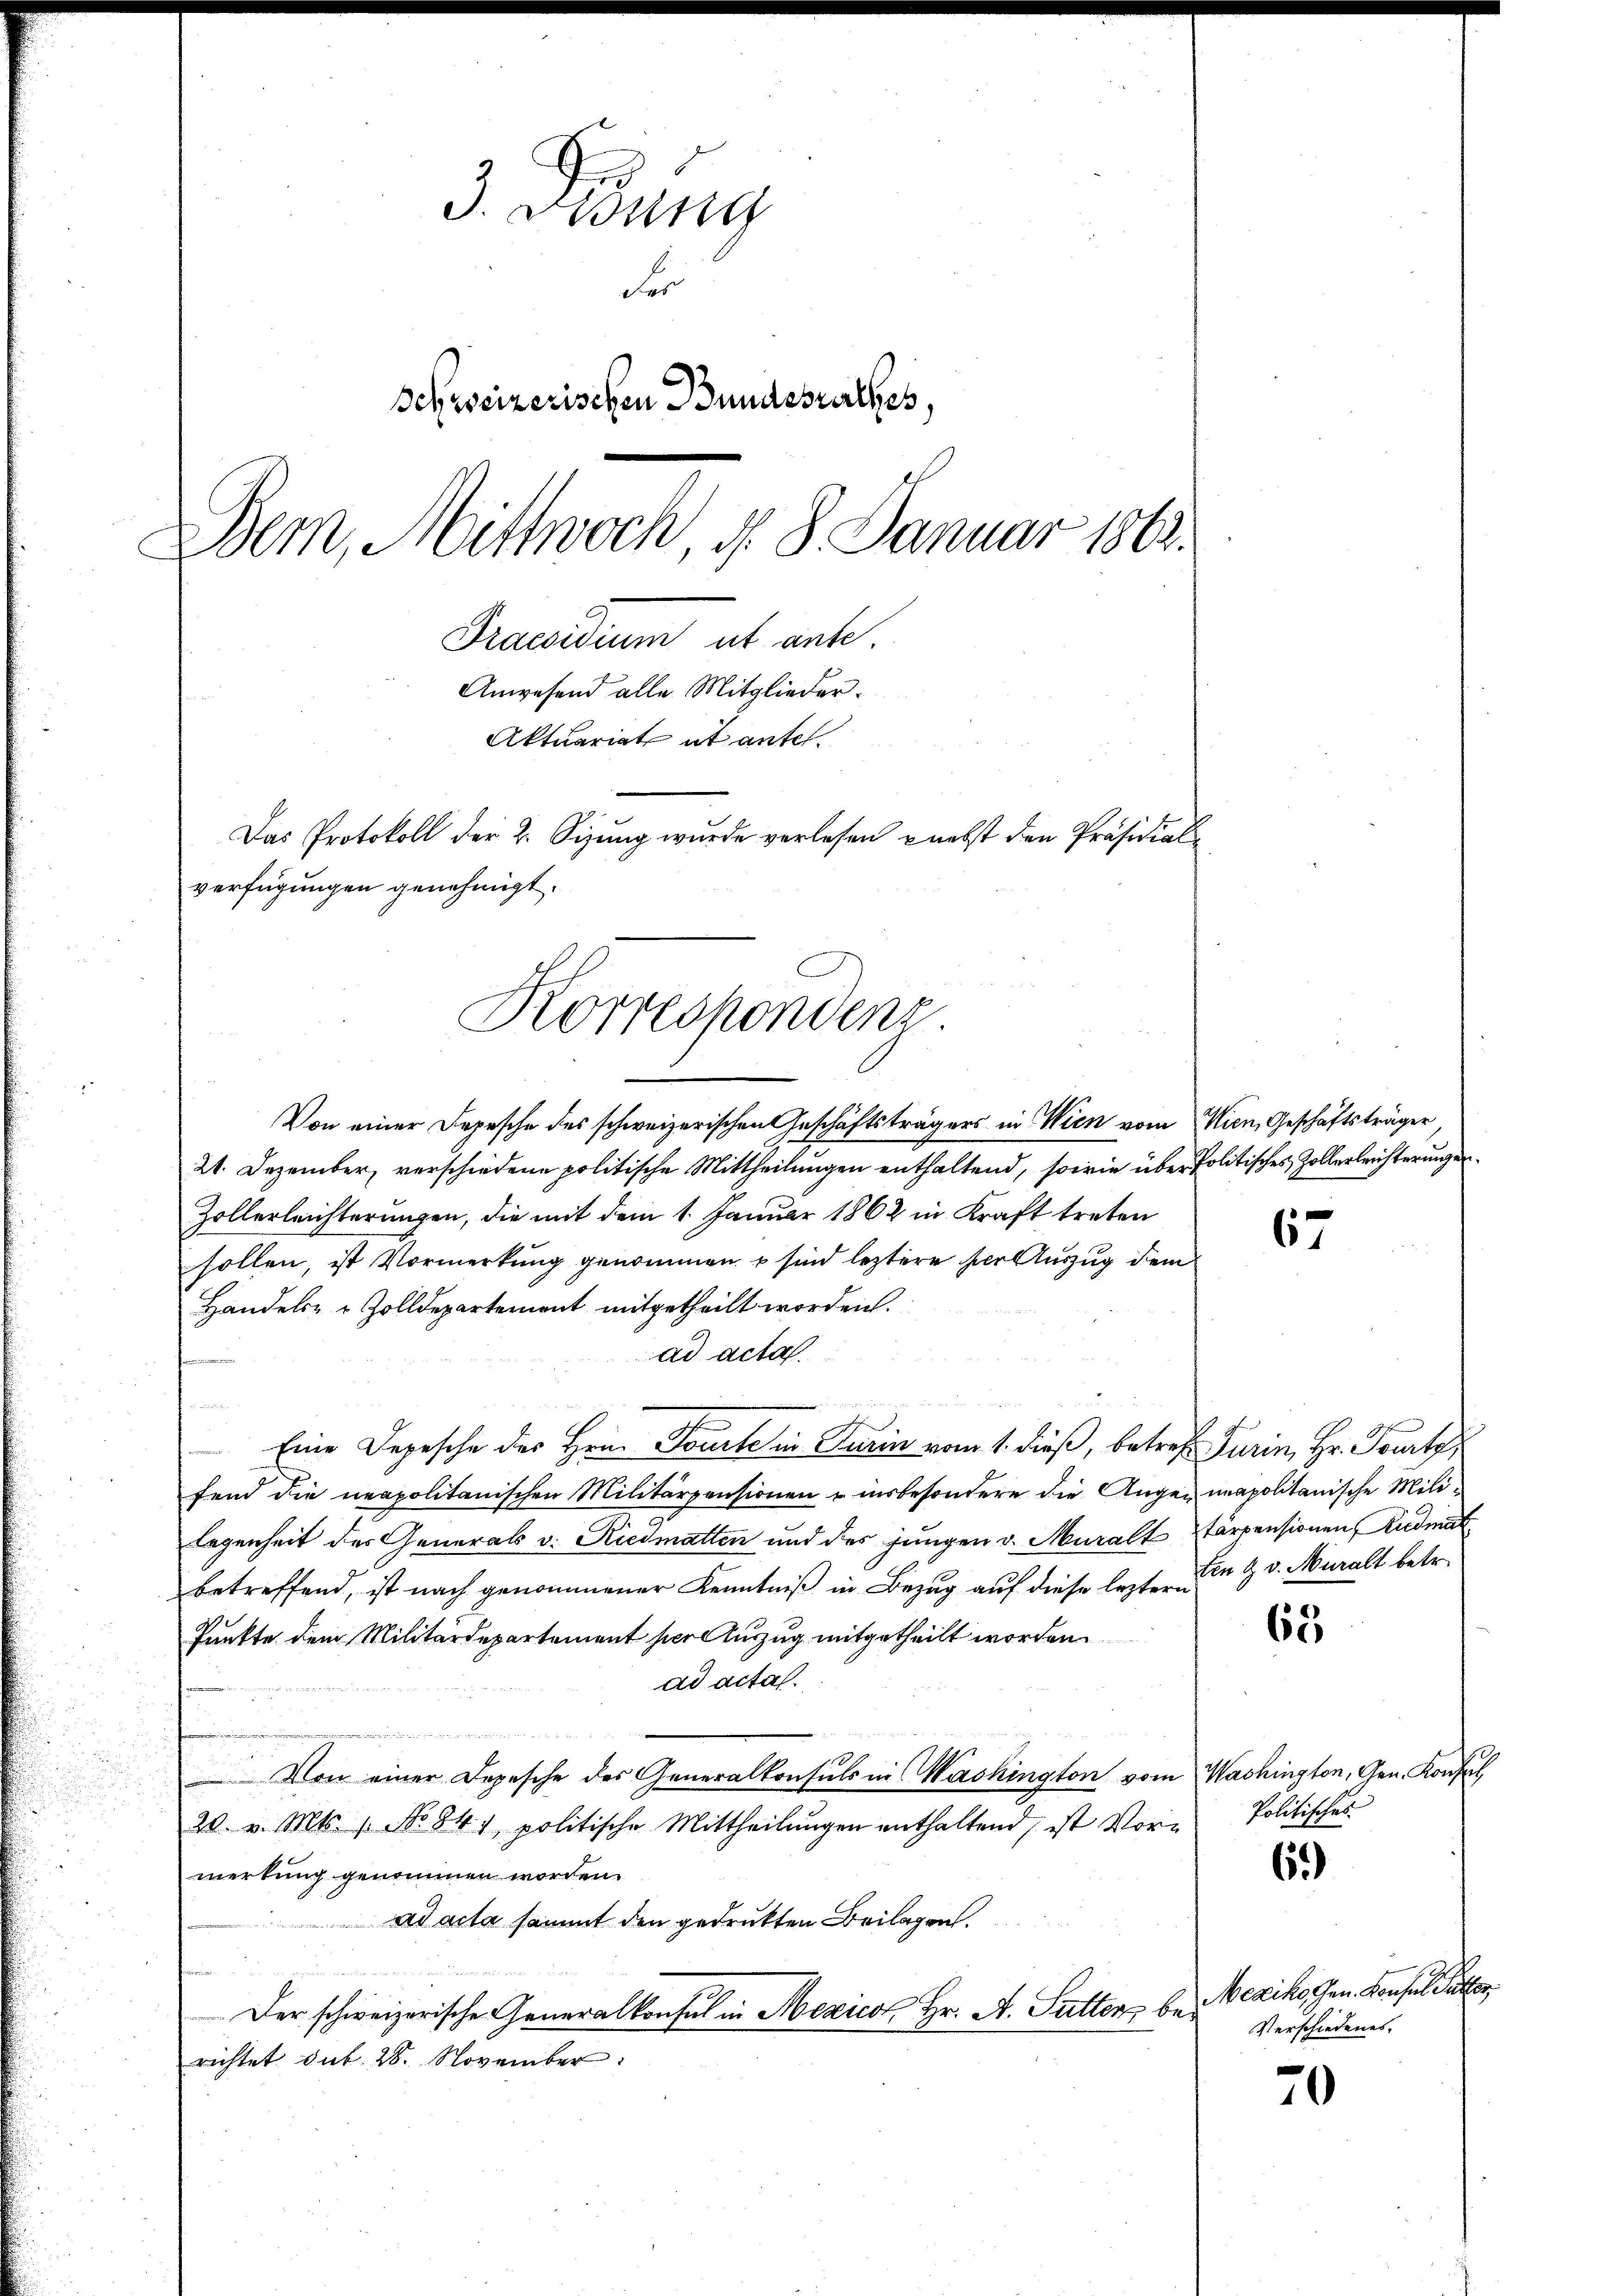
3. Fidung
Fo
Schweizerischen Bundesurthes,
Bern, Mittwoch, d. 8. Januar 1863.
Praesidium ut ante.
Anwesend alle Mitglieder¬
Aktuariat et ante.
Das Protokoll der 2. Sizung wurde verlesen nebst den Präsidial¬

verfügungen genehmigt.
Korrespondenz.

Von einer Depesche des schweizerischen Geschäftsträgers in Wien vom Wien, Geschäftsträger
21. Dezember, verschiedene politische Mittheilungen enthaltend, sowie über Politisches Zollerleichterungen
Zollerleichterungen, die mit dem 1. Januar 1862 in Kraft treten
sollen, ist Vormerkung genommen u sind leztere der Auszug dem
Handels- & Zolldepartement mitgetheilt worden.
ad acta.
f
Eine Depesche des Hrn. Tourte in Turin vom 1. dieß, betref Turin, Hr. Tourtz
fend die neapolitanischen Militärpensionen u insbesondere die Augen unapolitanische Mililegenheit des Generals v. Riedmatten und des jungen v. Muralt stärpensionen Riedmat
betreffend, ist nach genommener Kenntniß in Bezug auf diese lezteren H v. Muralt betr.
Punkte dem Militärdepartement hierauszug mitgetheilt worden
ad acta.
Von einer Depesche des Generalkonsuls in Washington vom Washington, Gen. Konsul
20. v. Mts. 1. No 841, politische Mittheilŭngen enthaltend, ist Vor-
merkung genommen worden.
ad acta sammt den gedruckten Beilagen.
Der schweizerische Generalkonsul in Mexico Hr. A. Sutter berichtet. dat. 28. November

67

63

6.)

Politisches.

Mexiko Gen. Konsul Paltor
Verschiedenes.

20